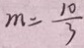
m = \frac { 1 0 } { 3 }